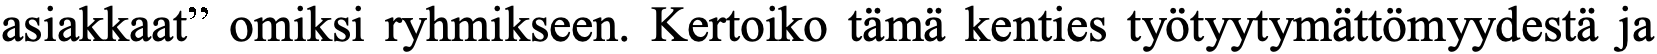
asiakkaat” omiksi ryhmikseen. Kertoiko tämä kenties työtyytymättömyydestä ja